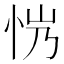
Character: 𢘏